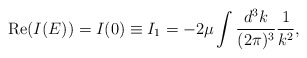
\begin{align*}\mbox{Re}(I(E))=I(0)\equiv I_1=-2 \mu \int \frac{d^3k}{(2 \pi)^3} \frac{1}{k^2},\end{align*}